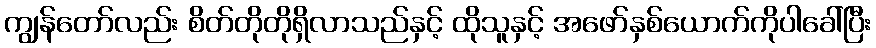
ကျွန်တော်လည်း စိတ်တိုတိုရှိလာသည်နှင့် ထိုသူနှင့် အဖော်နှစ်ယောက်ကိုပါခေါ်ပြီး